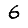
Digit: 6